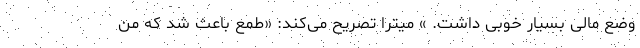
وضع مالی بسیار خوبی داشت. » میترا تصریح می‌کند: «طمع باعث شد که من